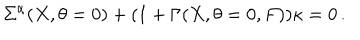
LaTeX: \Sigma ^ { \alpha } ( X , \theta = 0 ) + ( 1 + \Gamma ( X , \theta = 0 , F ) ) \kappa = 0 \, .